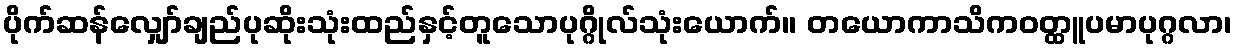
ပိုက်ဆန်လျှော်ချည်ပုဆိုးသုံးထည်နှင့်တူသောပုဂ္ဂိုလ်သုံးယောက်။ တယောကာသိကဝတ္ထူပမာပုဂ္ဂလာ၊